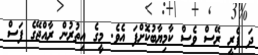
ދަ ފެރީ ރޭސް ވެސް ކާމިޔާބުކޮށްފަ އެވެ. މީގެ އިތުރުން ރާއްޖޭގެ ފަސް